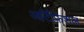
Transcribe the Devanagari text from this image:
आर्टिफ़िशल